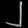
Digit: ၂